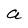
Character: a